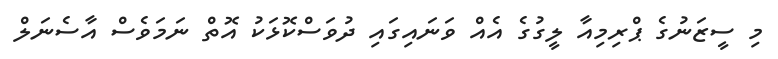
މި ސީޒަނުގެ ޕްރިމިއާ ލީގުގެ އެއް ވަނައިގައި ދުވަސްކޮޅަކު އޮތް ނަމަވެސް އާސެނަލް